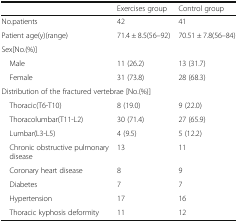
|  | Exercises group | Control group |
 | --- | --- | --- |
 | No.patients | 42 | 41 |
 | Patient age(y)(range) | 71.4 ± 8.5(56–92) | 70.51 ± 7.8(56–84) |
 | <COLSPAN=3> Sex[No.(%)] |
 | Male | 11 (26.2) | 13 (31.7) |
 | Female | 31 (73.8) | 28 (68.3) |
 | <COLSPAN=3> Distribution of the fractured vertebrae [No.(%)] |
 | Thoracic(T6-T10) | 8 (19.0) | 9 (22.0) |
 | Thoracolumbar(T11-L2) | 30 (71.4) | 27 (65.9) |
 | Lumbar(L3-L5) | 4 (9.5) | 5 (12.2) |
 | Chronic obstructive pulmonary disease | 13 | 11 |
 | Coronary heart disease | 8 | 9 |
 | Diabetes | 7 | 7 |
 | Hypertension | 17 | 16 |
 | Thoracic kyphosis deformity | 11 | 12 |